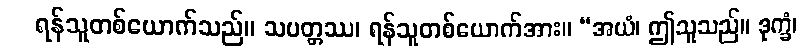
ရန်သူတစ်ယောက်သည်။ သပတ္တဿ၊ ရန်သူတစ်ယောက်အား။ “အယံ၊ ဤသူသည်။ ဒုက္ခံ၊